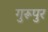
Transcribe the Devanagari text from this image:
गुरूपुर